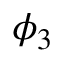
\phi _ { 3 }